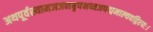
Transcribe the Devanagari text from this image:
अथपूर्वस्यामञजनबृषभध्वजपद्ममाल्यवद्गिरयः।